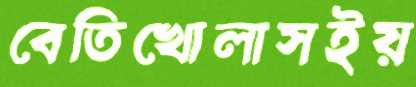
বেতিখোলাসইয়